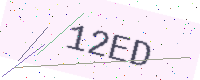
Text: 12ED